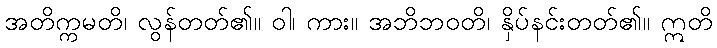
အတိက္ကမတိ၊ လွန်တတ်၏။ ဝါ၊ ကား။ အဘိဘဝတိ၊ နှိပ်နင်းတတ်၏။ ဣတိ